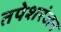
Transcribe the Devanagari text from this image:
तपेशरंजन